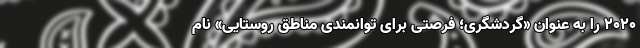
2020 را به عنوان «گردشگری؛ فرصتی برای توانمندی مناطق روستایی» نام